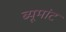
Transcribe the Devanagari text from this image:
ब्यूमांट